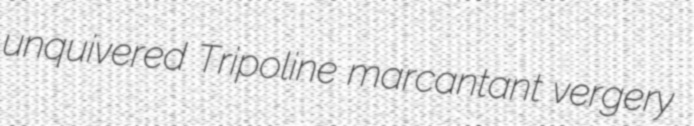
unquivered Tripoline marcantant vergery